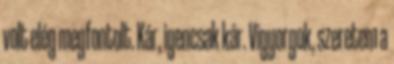
volt elég megfontolt. Kár, igencsak kár. Vigyorgok, szeretem a